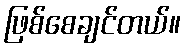
ဖြစ်စေချင်တယ်။